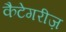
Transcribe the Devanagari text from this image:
कैटेगरीज़